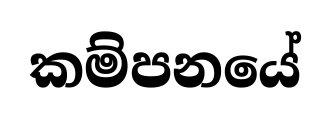
කම්පනයේ